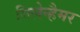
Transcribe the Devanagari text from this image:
गिलेन्हैमर